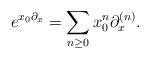
LaTeX: \begin{align*} e^{x_0\partial_x}=\sum_{n\ge0}x_0^n \partial_x^{(n)}.\end{align*}